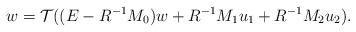
LaTeX: \begin{align*} w=\mathcal{T}((E-R^{-1}M_0)w+R^{-1}M_1u_1+R^{-1}M_2u_2). \end{align*}